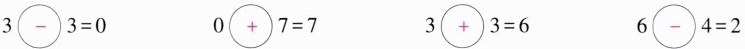
$$3\bigcirc {-}3=0$$ $$0\bigcirc {+}7=7$$ $$3\bigcirc {+}3=6$$ $$6\bigcirc {-}4=2$$